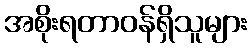
အစိုးရတာဝန်ရှိသူများ